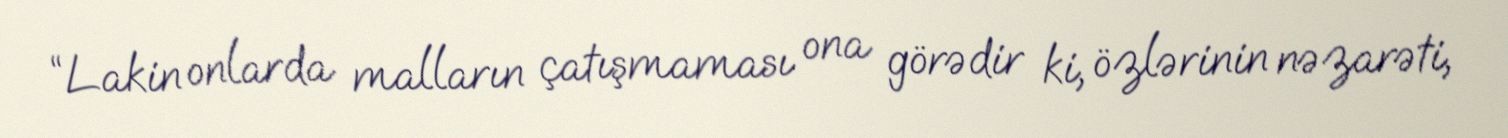
“Lakin onlarda malların çatışmaması ona görədir ki, özlərinin nəzarəti,